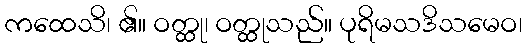
ကထေသိ၊ ၏။ ဝတ္ထု၊ ဝတ္ထုသည်။ ပုရိမသဒိသမေဝ၊